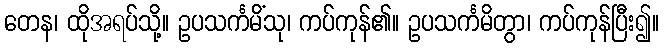
တေန၊ ထိုအရပ်သို့။ ဥပသင်္ကမိံသု၊ ကပ်ကုန်၏။ ဥပသင်္ကမိတွာ၊ ကပ်ကုန်ပြီး၍။